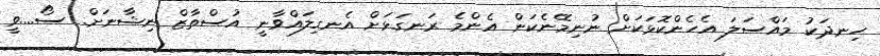
ހިނދަކު މައްސަލަ އެހެންކޮޅަކަށް ނުނިމޭނެކަން އެންމެ ރަނގަޅަށް އެނގިލައްވާނީ އުސްތާޒް ނިޝާނަށް. ސޯ....ވީ